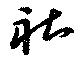
社